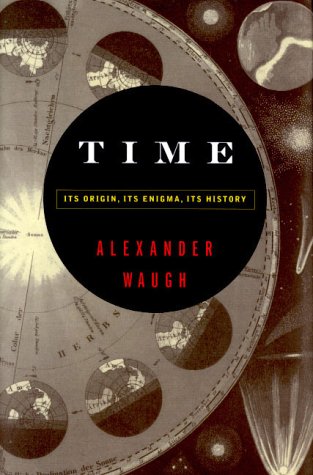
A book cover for Time: Its Origin, Its Enigma, Its History; Alexander Waugh; Science & Math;